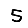
Digit: 5